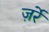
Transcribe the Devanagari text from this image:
ज़र्रे